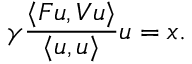
\gamma \frac { \langle \boldsymbol { F } u , \boldsymbol { V } u \rangle } { \langle u , u \rangle } u = x .